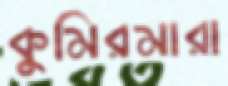
কুমিরমারা